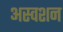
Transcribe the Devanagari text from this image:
अस्वशन